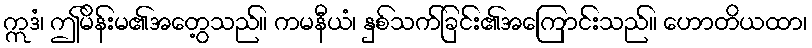
ဣဒံ၊ ဤမိန်းမ၏အတွေ့သည်။ ကမနီယံ၊ နှစ်သက်ခြင်း၏အကြောင်းသည်။ ဟောတိယထာ၊